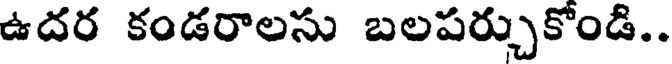
ఉదర కండరాలసు బలపర్చుకోండి..